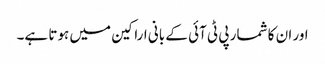
اور ان کا شمار پی ٹی آئی کے بانی اراکین میں ہوتا ہے۔